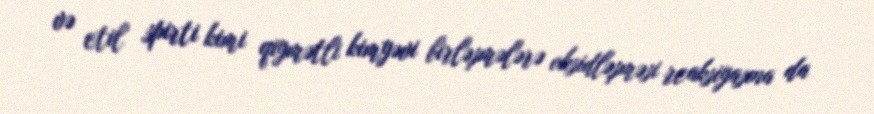
və etil spirti kimi qiymətli kimyəvi birləşmələrə oksidləşməsi reaksiyasına da